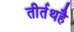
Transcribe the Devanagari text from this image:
तीर्तथहै